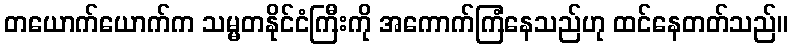
တယောက်ယောက်က သမ္မတနိုင်ငံကြီးကို အကောက်ကြံနေသည်ဟု ထင်နေတတ်သည်။